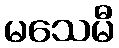
မသေမီ